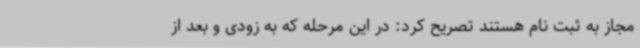
مجاز به ثبت نام هستند تصریح کرد: در این مرحله که به زودی و بعد از